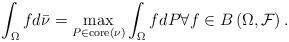
LaTeX: \begin{align*}\int_{\Omega }fd\bar{\nu}=\max_{P\in \mathrm{core}\left( \nu \right)}\int_{\Omega }fdP\forall f\in B\left( \Omega ,\mathcal{F}\right) .\end{align*}